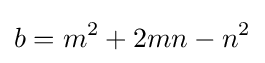
b=m^{2}+2mn-n^{2}